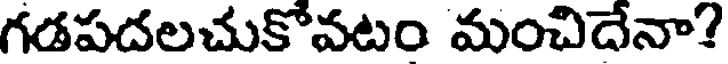
గడపదలచుకోవటం మంచిదేనా?